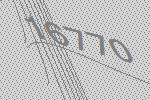
16770